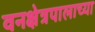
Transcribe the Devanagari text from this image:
वनक्षेत्रपालाच्या